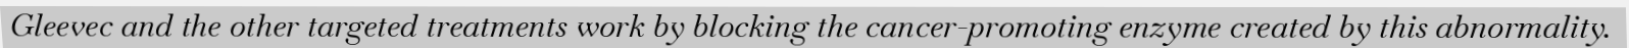
Gleevec and the other targeted treatments work by blocking the cancer-promoting enzyme created by this abnormality.